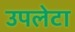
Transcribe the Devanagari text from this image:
उपलेटा